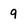
Character: 9